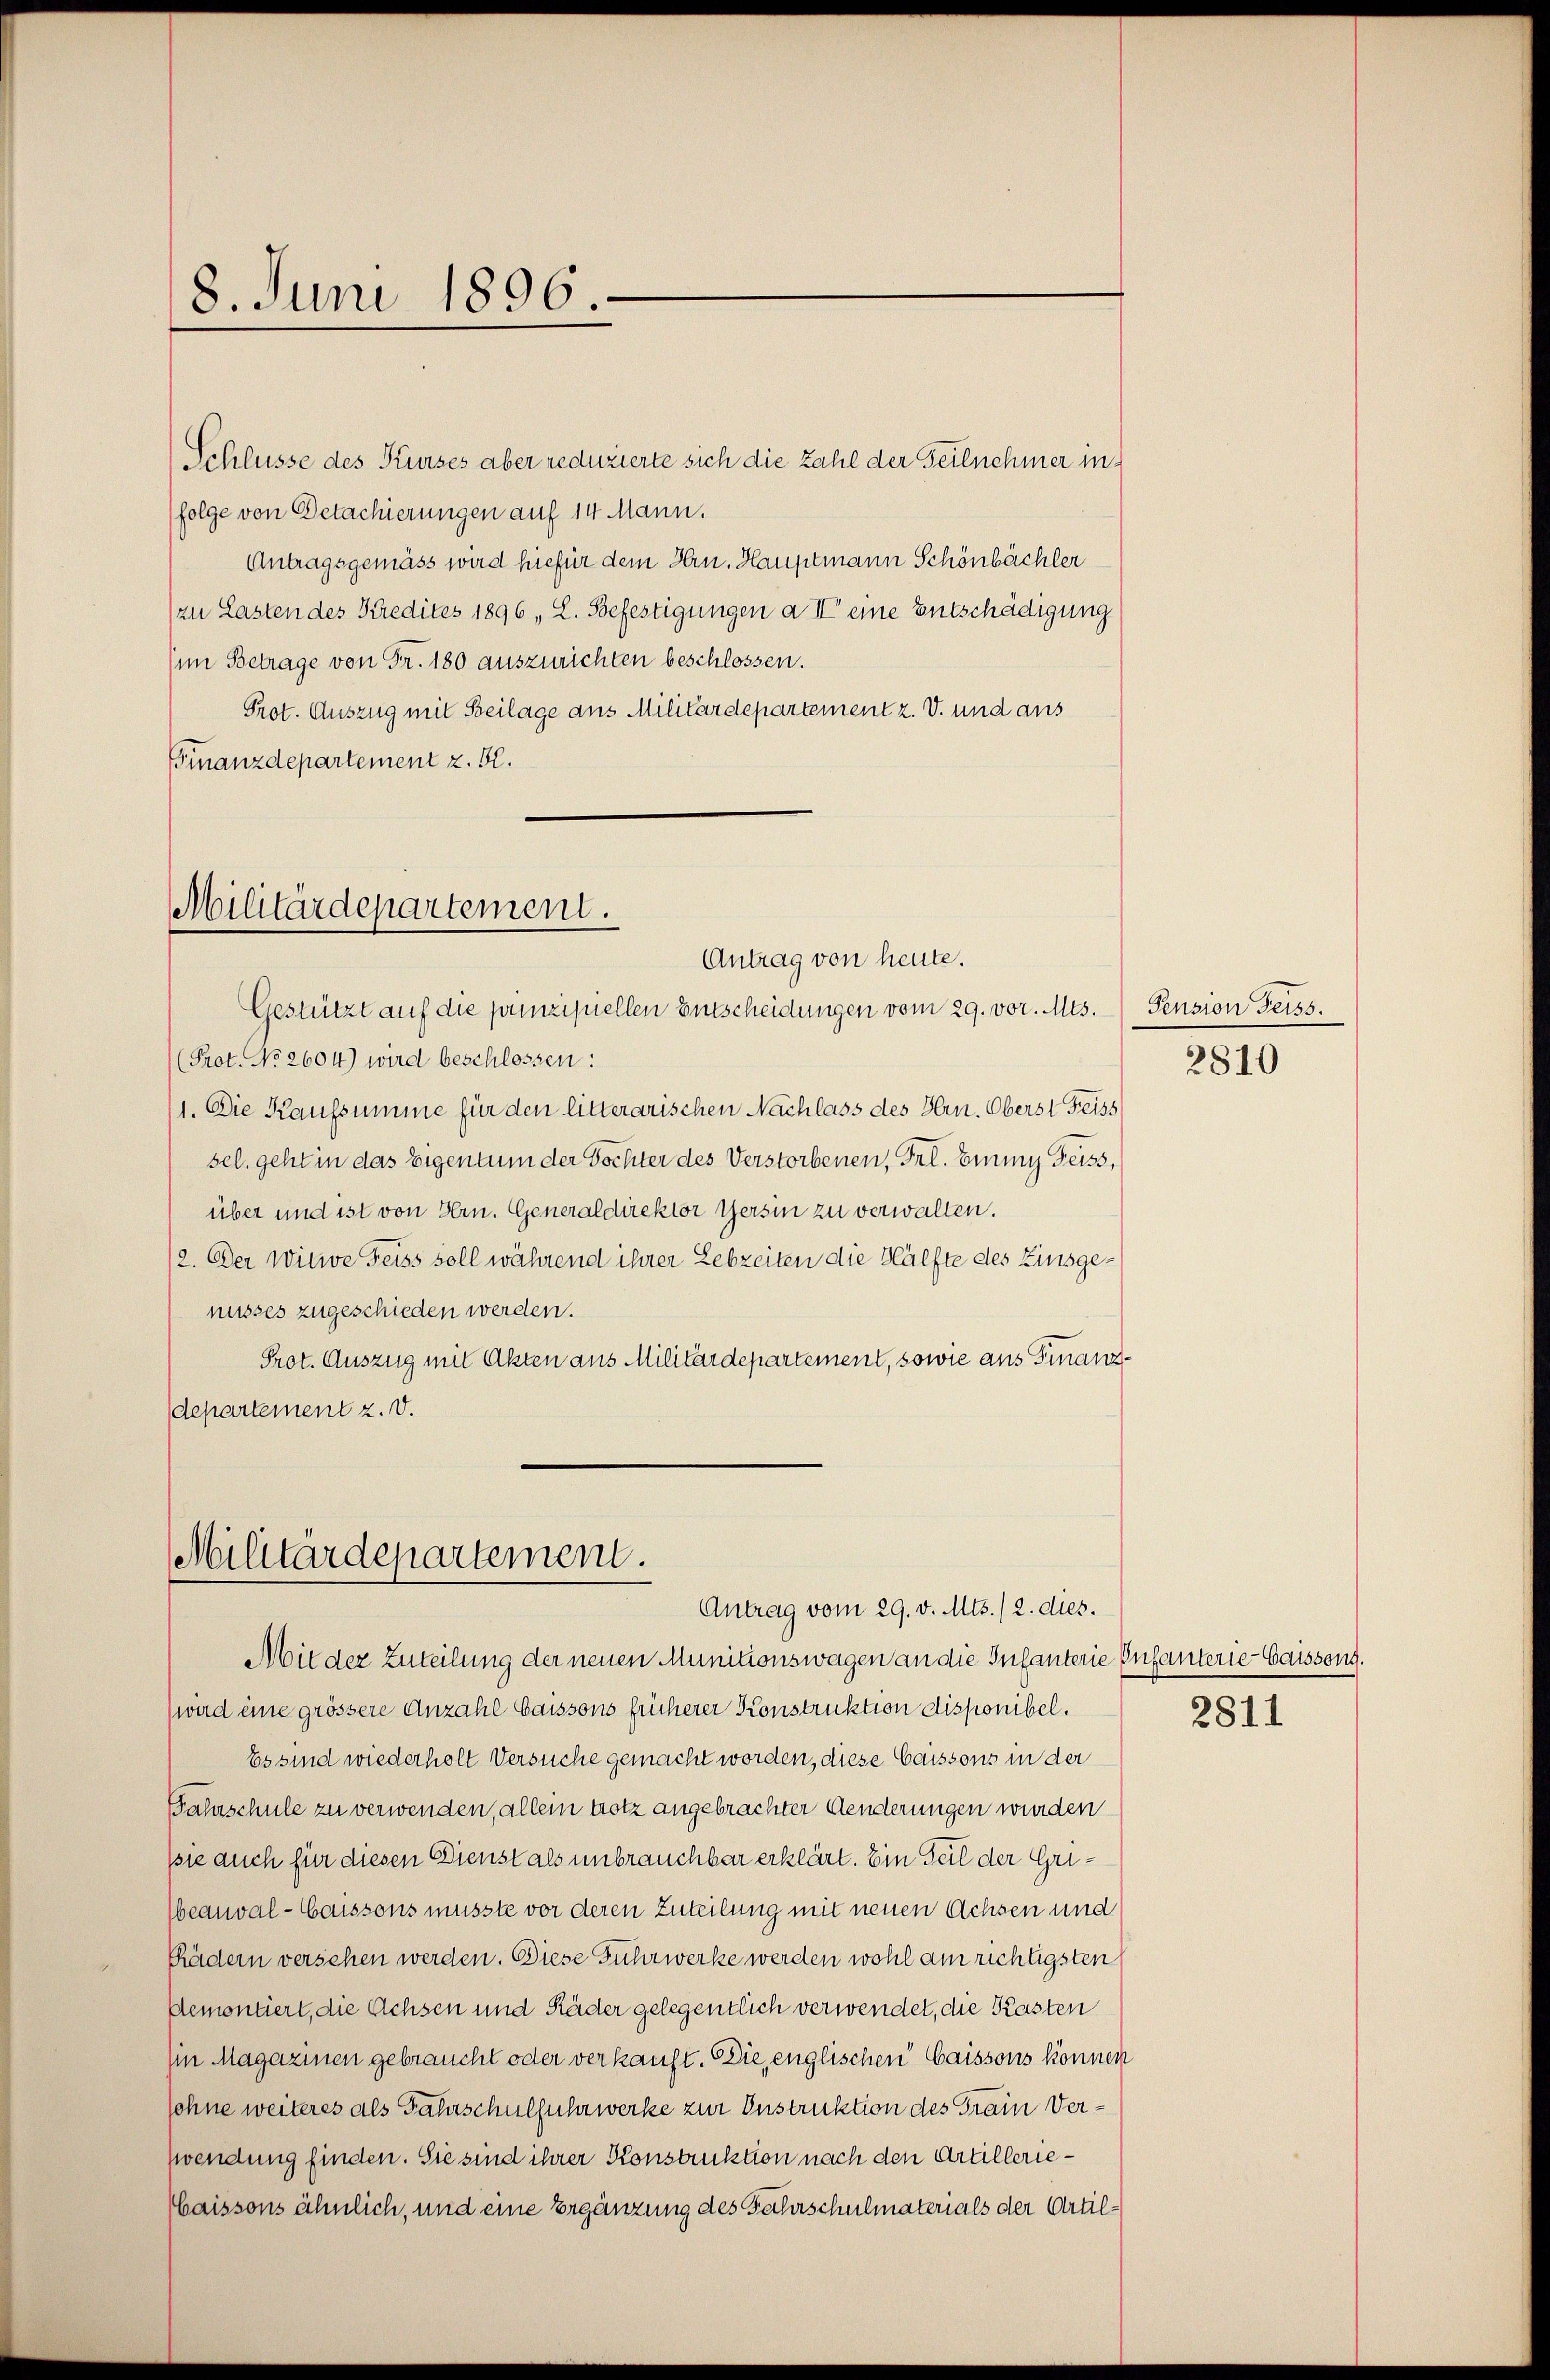
18. Juni 1896.

Schlüsse des Kurses aber reduzierte sich die Zahl der Teilnehmer in
(folge von Detachierungen auf 14 Mann.
Antragsgemäss wird hiefür dem Hrn. Hauptmann Schönbächler
(zu Lasten des Kredites 1896, L. Befestigungen a II eine Entschädigung
(im Betrage von Fr. 180 auszurichten beschlossen.
Prot. Auszug mit Beilage aus Militärdepartement z. V. und aus
FFinanzdepartement z. B.

Militärdepartement.
Antrag von heute.

Militärdepartement.
Antrag vom 29. v. Mts. /2. dies.
Mieder Zuteilung der neuen Munitionswagen an die Infanterie Infanterie-Caissong.

Gestützt auf die prinzipiellen Entscheidungen vom 29. vor. Mts. Pension Geiss.
(Prot. No 2604) wird beschlossen:
11. Die Kaufsumme für den litterarischen Nachlass des Hrn. Oberst Freiss
sel. geht in das Eigentum der Töchter des Verstorbenen, Frl. Einig Geiss,
über und ist von Hrn. Generaldirektor Versin zu verwalten.
(2. Der Witwe Feiss soll während ihrer Lebzeiten die Hälfte des Zinsgenusses zugeschieden werden.
Prot. Auszug mit Akten aus Militärdepartement, sowie aus Finanzdepartement z. v.

(wird eine grössere Anzahl baissons früherer Konstruktion disponibel.
Es sind wiederholt Versuche gemacht worden, diese Caissons in der
Fahrschule zu verwenden, allein trotz angebrachter Aenderungen wurden
psie auch für diesen Dienst als unbrauchbar erklärt. Ein Teil der Gribeauval-Caissons müsste vor deren Zuteilung mit neuen Achsen und
Rädern versehen werden. Diese Fuhrwerke werden wohl am richtigsten
demontiert, die Achsen und Räder gelegentlich verwendet, die Kasten
Ein Magazinen gebraucht oder verkauft. Die englischen Caissons können
sohne weiteres als Fahrschulfuhrwerke zur Instruktion des Train Verzwendung finden. Sie sind ihrer Konstruktion nach den Artillerie¬
Caissons ähnlich, und eine Ergänzung des Fahrschulmaterials der Artil¬

2810

2811